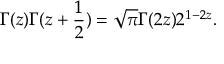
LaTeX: \Gamma ( z ) \Gamma ( z + \frac 1 2 ) = \sqrt { \pi } \Gamma ( 2 z ) 2 ^ { 1 - 2 z } .